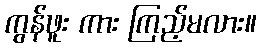
ကွန်ဖူး ကား ကြည့်မလား။